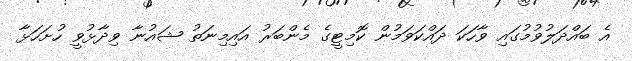
އެ ބައްދަލުވުމުގައި ވާހަކަ ދައްކަވަމުން ކޮމިޓީގެ މެންބަރު އައިމިނަތު ޝައުނާ ވިދާޅުވީ ހުށަހަޅާ